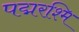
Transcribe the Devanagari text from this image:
पद्मरश्मि